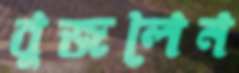
বুজলেন